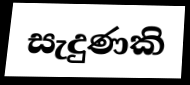
සැදුණකි